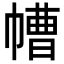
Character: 㡟